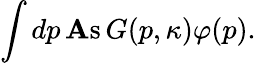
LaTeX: \int dp\, \mathrm{\mathbf As}\, G(p,\kappa)\varphi(p).